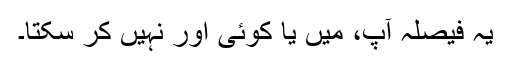
یہ فیصلہ آپ، میں یا کوئی اور نہیں کر سکتا۔